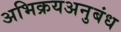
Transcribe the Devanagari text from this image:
अभिक्रयअनुबंध